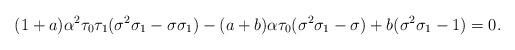
LaTeX: \begin{align*}(1+a) \alpha^2 \tau_0 \tau_1 (\sigma^2 \sigma_1 - \sigma \sigma_1) - (a+b) \alpha \tau_0 (\sigma^2 \sigma_1 - \sigma) + b(\sigma^2 \sigma_1 - 1) = 0.\end{align*}